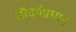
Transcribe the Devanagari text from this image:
सौंदर्यप्रधान